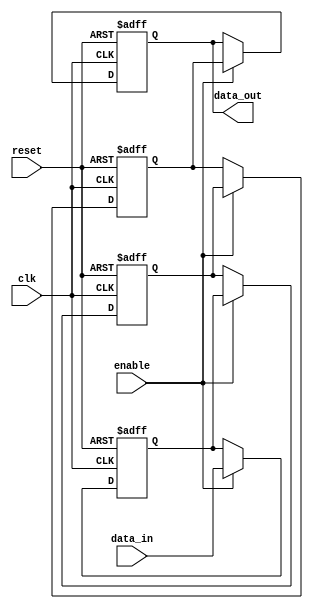
module multistage_register #(
    parameter DATA_WIDTH = 8,  // Width of the data
    parameter NUM_STAGES = 3    // Number of stages in the register
)(
    input wire clk,             // Clock signal
    input wire reset,           // Reset signal
    input wire enable,          // Enable signal for loading data
    input wire [DATA_WIDTH-1:0] data_in, // Input data
    output reg [DATA_WIDTH-1:0] data_out  // Output data from the last stage
);

    // Internal registers for each stage
    reg [DATA_WIDTH-1:0] stages [0:NUM_STAGES-1];

    integer i;

    // Sequential logic for data loading and propagation
    always @(posedge clk or posedge reset) begin
        if (reset) begin
            // Clear all stages on reset
            for (i = 0; i < NUM_STAGES; i = i + 1) begin
                stages[i] <= 0;
            end
            data_out <= 0; // Clear output as well
        end else if (enable) begin
            // Load data into the first stage
            stages[0] <= data_in;
            // Propagate data through the stages
            for (i = 1; i < NUM_STAGES; i = i + 1) begin
                stages[i] <= stages[i-1];
            end
            // Output the data from the last stage
            data_out <= stages[NUM_STAGES-1];
        end
    end

endmodule